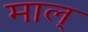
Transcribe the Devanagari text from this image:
माल्